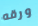
ورقه